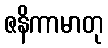
ဇနိကာမာတု